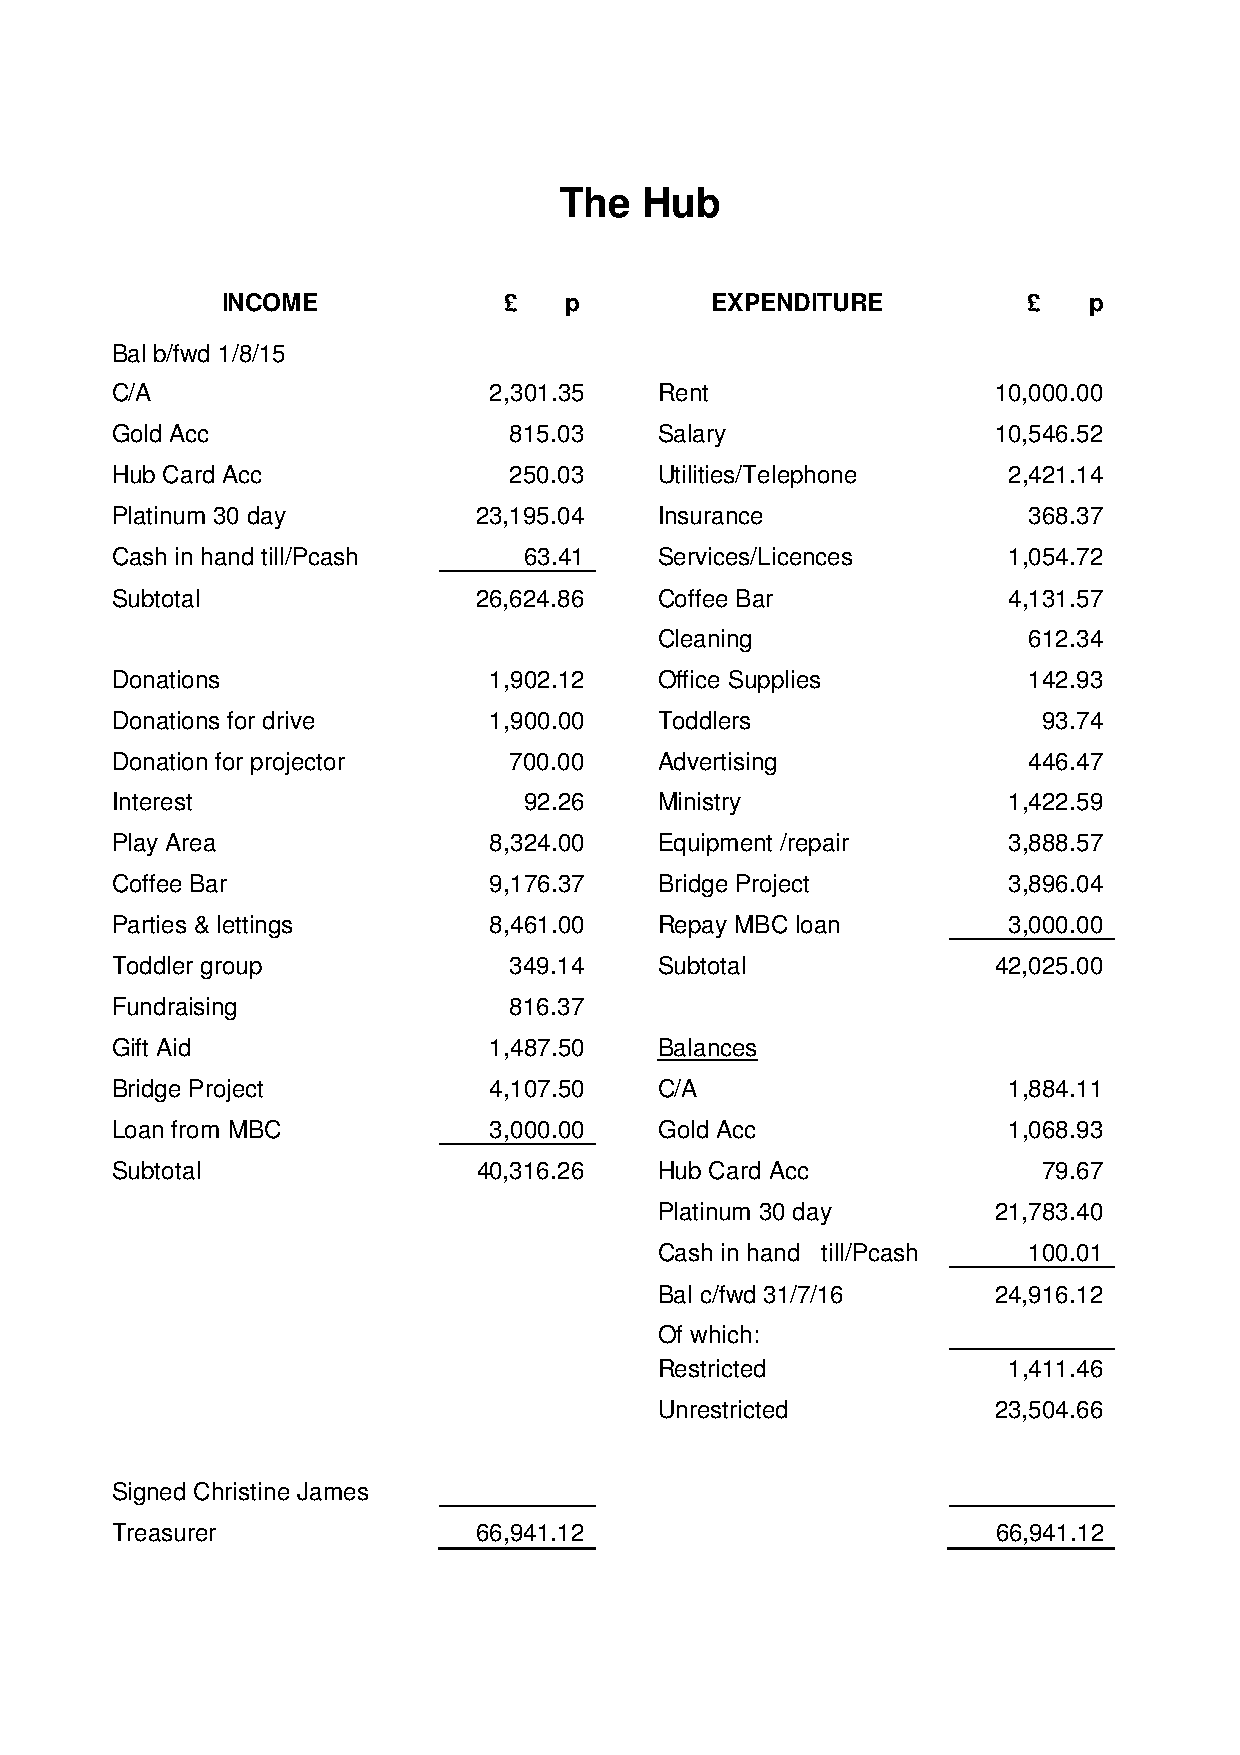
The   Hub
 INCOME            £   p         EXPENDITURE          £   p
 Bal b/fwd 1/8/15
 C/A                      2,301.35    Rent                  10,000.00
 Gold Acc                   815.03    Salary                10,546.52
 Hub Card Acc               250.03    Utilities/Telephone    2,421.14
 Platinum 30 day          23,195.04   Insurance               368.37
 Cash in hand till/Pcash     63.41    Services/Licences      1,054.72
 Subtotal                 26,624.86   Coffee Bar             4,131.57
 Cleaning                612.34
 Donations                1,902.12    Office Supplies         142.93
 Donations for drive      1,900.00    Toddlers                 93.74
 Donation for projector     700.00    Advertising             446.47
 Interest                    92.26    Ministry               1,422.59
 Play Area                8,324.00    Equipment /repair      3,888.57
 Coffee Bar               9,176.37    Bridge Project         3,896.04
 Parties & lettings       8,461.00    Repay MBC loan         3,000.00
 Toddler group              349.14    Subtotal              42,025.00
 Fundraising                816.37
 Gift Aid                 1,487.50    Balances
 Bridge Project           4,107.50    C/A                    1,884.11
 Loan from MBC            3,000.00    Gold Acc               1,068.93
 Subtotal                 40,316.26   Hub Card Acc             79.67
 Platinum 30 day       21,783.40
 Cash in hand till/Pcash 100.01
 Bal c/fwd 31/7/16     24,916.12
 Of which:
 Restricted             1,411.46
 Unrestricted          23,504.66
 Signed Christine James
 Treasurer                66,941.12                         66,941.12